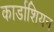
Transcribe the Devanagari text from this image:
कार्डाशियन